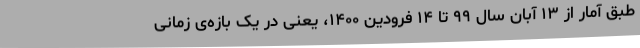
طبق آمار از ۱۳ آبان سال ۹۹ تا ۱۴ فرودین ۱۴۰۰، یعنی در یک بازه‌ی زمانی